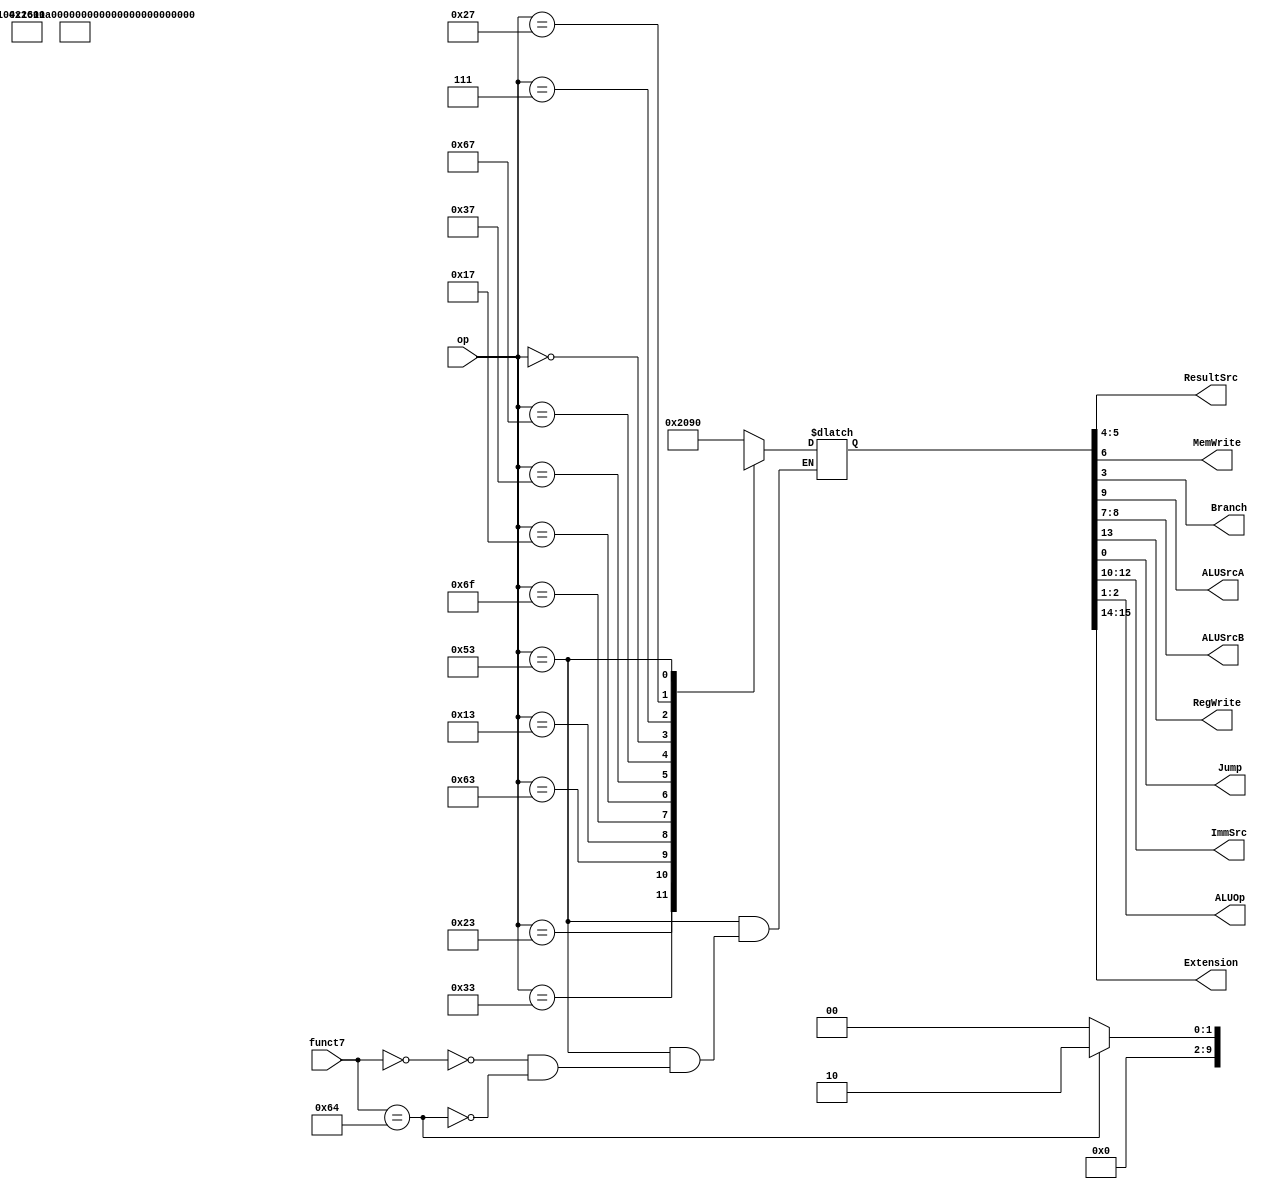
/***
	Name: Main Decoder
	Description: This unit generates the control signals from the 7 bit opcode.
	Determines the type of instruction


***/

module maindec(op,funct7, ResultSrc, MemWrite, Branch, ALUSrcA, ALUSrcB, RegWrite, Jump, ImmSrc, ALUOp,Extension);
input [6:0] op, funct7;

output[1:0] ResultSrc;
output   MemWrite;
output   Branch, ALUSrcA;
output   [1:0] ALUSrcB;
output   RegWrite;
output   Jump;
output   [2:0] ImmSrc;
output   [1:0] ALUOp,Extension;
	

reg[15:0] controls;

assign {Extension,RegWrite, ImmSrc, ALUSrcA, ALUSrcB, MemWrite, ResultSrc, Branch, ALUOp, Jump} = controls;

always @(*)
	case(op)
	//Extension_RegWrite_ImmSrc_ALUSrcA_ALUSrcB_MemWrite_ResultSrc_Branch_ALUOp_Jump
		7'b0000011: controls = 16'b00_1_000_0_01_0_01_0_00_0; // lw
		7'b0100011: controls = 16'b00_0_001_0_01_1_00_0_00_0; // sw
		7'b0110011: controls = 16'b00_1_xxx_0_00_0_00_0_10_0; // Rtype
		7'b1100011: controls = 16'b00_0_010_0_00_0_00_1_01_0; // B-type
		7'b0010011: controls = 16'b00_1_000_0_01_0_00_0_10_0; // Itype ALU
		7'b1101111: controls = 16'b00_1_011_0_00_0_10_0_00_1; // jal
		7'b0010111: controls = 16'b00_1_100_1_10_0_00_0_00_0; // auipc // PC Target for SrcB
		7'b0110111: controls = 16'b00_1_100_1_01_0_00_0_00_0; // lui
		7'b1100111: controls = 16'b00_1_000_0_01_0_10_0_00_1; // jalr
		7'b0000000: controls = 16'b00_0_000_0_00_0_00_0_00_0; // for default values on reset

//Extension_RegWrite_ImmSrc_ALUSrcA_ALUSrcB_MemWrite_ResultSrc_Branch_ALUOp_Jump		
		7'b0000111: controls = 16'b01_1_000_0_01_0_01_0_00_0;//FLW 
		7'b0100111: controls = 16'b01_0_001_0_00_1_00_0_00_0;//FSW
		
//		7'b1000011: controls = 16'b11_1_000_0_01_0_01_0_00_0;//FMADD.S 
//		7'b1000111: controls = 16'b11_1_000_0_01_0_01_0_00_0;//FMSUB 
//		7'b1001011: controls = 16'b11_1_000_0_01_0_01_0_00_0;//FNMSUB 
//		7'b1001111: controls = 16'b11_1_000_0_01_0_01_0_00_0;//FNMADD 
		7'b1010011: begin
		            case(funct7)
//Extension_RegWrite_ImmSrc_ALUSrcA_ALUSrcB_MemWrite_ResultSrc_Branch_ALUOp_Jump
	
		            1010000: controls = 16'b01_1_xxx_0_00_0_00_0_xx_0; //FMIN,FMAX,FEQ
	                0010100: controls = 16'b11_1_000_0_01_0_01_0_xx_0;// FMIN, FMAX

//Extension_RegWrite_ImmSrc_ALUSrcA_ALUSrcB_MemWrite_ResultSrc_Branch_ALUOp_Jump
		               
	                0000000: controls = 16'b11_1_xxx_0_00_0_00_0_00_0;//FADD 
	                0000100: controls = 16'b11_1_xxx_0_00_0_00_0_01_0;//FSUB
	                0001000: controls = 16'b11_1_xxx_0_00_0_00_0_10_0;//FMUL
	                0001100: controls = 16'b11_1_xxx_0_00_0_00_0_11_0;//FDIV
	                endcase
	                end
		default: 	controls = 16'bx_x_xxx_x_xx_x_xx_x_xx_x; // instruction not implemented
	endcase
endmodule